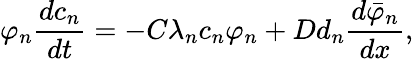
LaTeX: \varphi_{n}\frac{dc_{n}}{dt}=-C\lambda_{n}c_{n}\varphi_{n}+Dd_{n}\frac{d\bar{\varphi}_{n}}{dx},